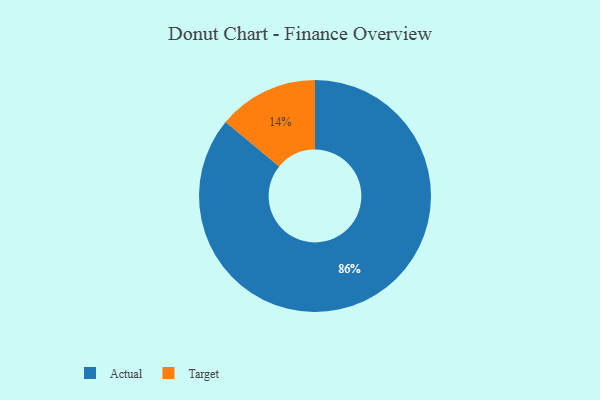
{"axis": {"x": "Category", "y": "Percentage"}, "legend": ["Actual", "Target"], "data": [{"x": "Target", "y": 14, "type": "Target"}, {"x": "Actual", "y": 86, "type": "Actual"}]}